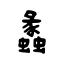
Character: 蠡